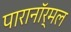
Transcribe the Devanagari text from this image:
पारानाॅर्मल